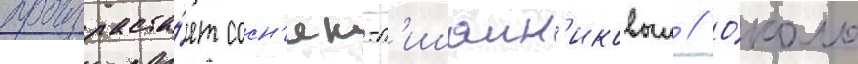
произраста́ет сосн'як-л'ишаин'иковыи // О́коло